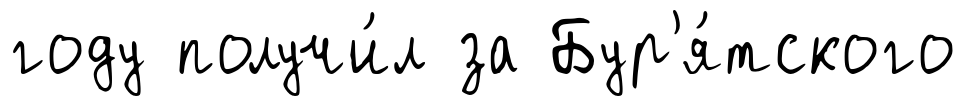
году получи́л за Бур'я́тского